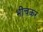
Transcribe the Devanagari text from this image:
भींचकर